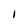
Character: I